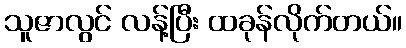
သူဇာလွင် လန့်ပြီး ထခုန်လိုက်တယ်။